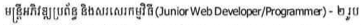
មន្រ្តីអភិវឌ្ឍប្រព័ន្ធ និងសរសេរកម្មវិធី(Junior Web Developer/Programmar) - ២ រូប